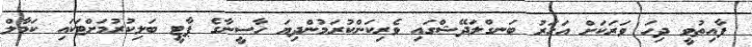
ފާއިތުވީ ދިހަ ވަރަކަށް އަހަރު ބަނގްލަދޭޝްގައި ވެރިކަންކުރަމުންދިޔަ ހާސީނާގެ ޕާޓީ ބަލިކުރުމަށްޓަކައި ކަމާލް